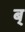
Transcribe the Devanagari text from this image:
ब्‌